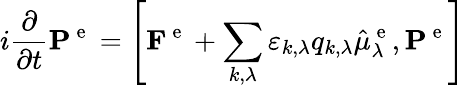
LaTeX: i\frac{\partial}{\partial t}\mathbf{P}^{\mathrm{~e~}}=\left[\mathbf{F}^{\mathrm{~e~}}+\sum_{k,\lambda}\varepsilon_{k,\lambda}q_{k,\lambda}\hat{\mu}_{\lambda}^{\mathrm{~e~}},\mathbf{P}^{\mathrm{~e~}}\right]